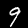
Digit: 9